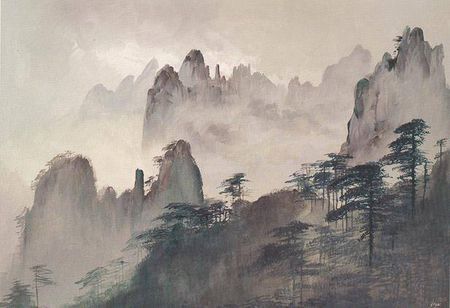
横看成岭侧成峰，远近高低各不同。